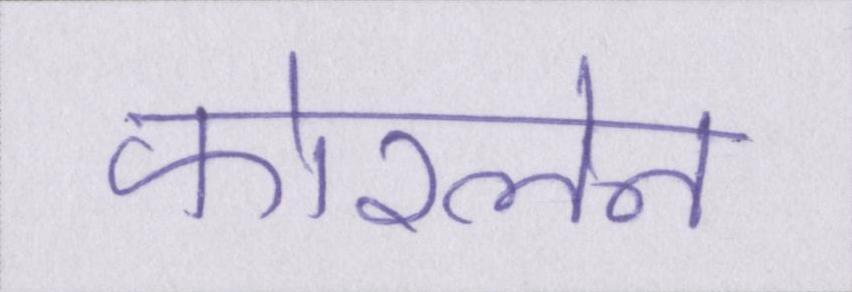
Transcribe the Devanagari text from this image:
फोरलेन